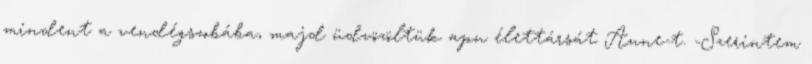
mindent a vendégszobába, majd üdvözöltük apu élettársát Anne-t. -Szerintem